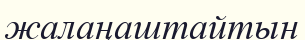
жалаңаштайтын